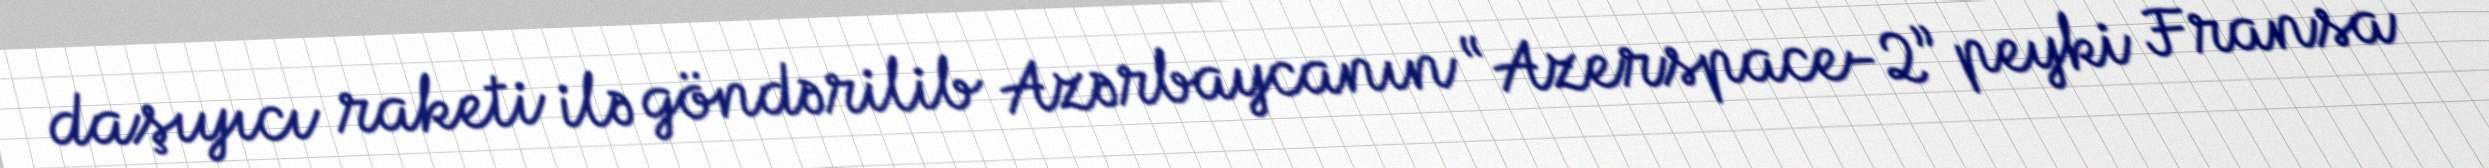
daşıyıcı raketi ilə göndərilib Azərbaycanın “Azerspace-2” peyki Fransa